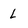
Character: l